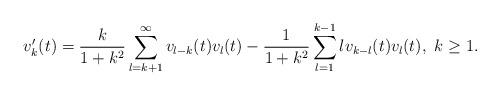
LaTeX: \begin{align*}v'_k(t)=\frac{k}{1+k^2}\sum_{l=k+1}^\infty v_{l-k}(t)v_l(t)-\frac{1}{1+k^2}\sum_{l=1}^{k-1} lv_{k-l}(t)v_l(t),\ k\geq 1.\end{align*}